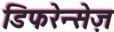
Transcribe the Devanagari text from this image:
डिफरेन्सेज़